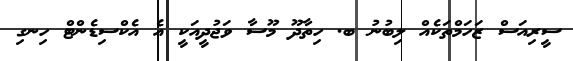
ސީރިއަސް ޒަހަމްތަކެއް ލިބުނު ބ. ހިތާދޫ މޫސާ ވަޖުދީއަކީ އެ އެކްސިޑެންޓް ހިނގި